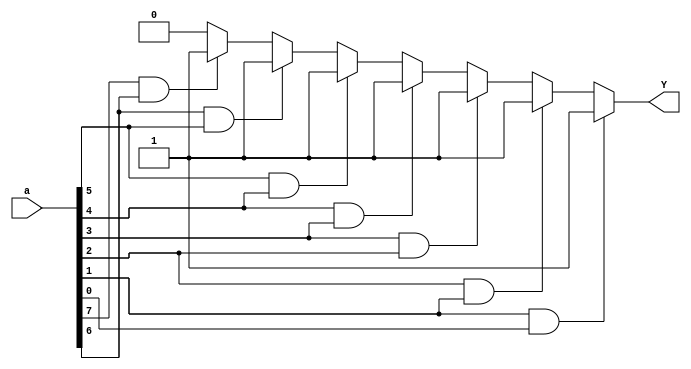
module decoder_8bit(a,Y);
input [7:0] a;
output Y;

reg Y;

integer i;

always @ (a) begin
	Y=0;
	for ( i=7;i>0;i=i-1) 
		if ( (a[i]==1) && (a[i-1]==1)) begin
			 
				Y=1;
				end  ;
			
end	

endmodule